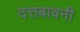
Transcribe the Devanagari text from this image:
दत्तबावनी